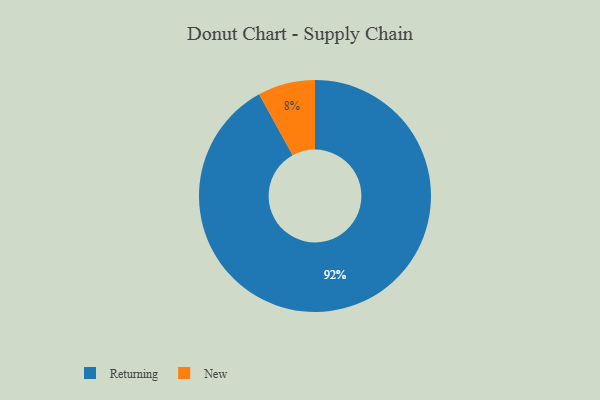
{"axis": {"x": "Category", "y": "Percentage"}, "legend": ["New", "Returning"], "data": [{"x": "New", "y": 8, "type": "New"}, {"x": "Returning", "y": 92, "type": "Returning"}]}